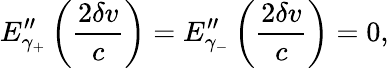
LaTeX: E_{\gamma_{+}}^{\prime\prime}\left(\frac{2\delta v}{c}\right)=E_{\gamma_{-}}^{\prime\prime}\left(\frac{2\delta v}{c}\right)=0,